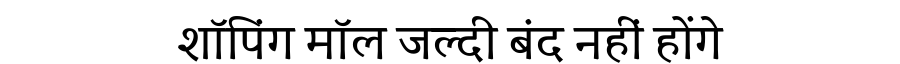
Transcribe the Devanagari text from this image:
शॉपिंग मॉल जल्दी बंद नहीं होंगे